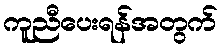
ကူညီပေးရန်အတွက်